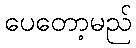
ပေတော့မည်